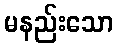
မနည်းသော